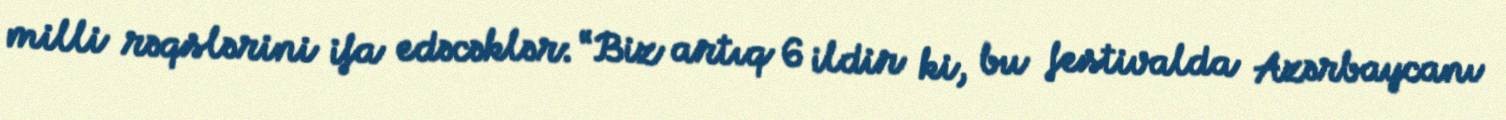
milli rəqslərini ifa edəcəklər: “Biz artıq 6 ildir ki, bu festivalda Azərbaycanı